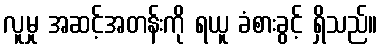
လူမှု အဆင့်အတန်းကို ရယူ ခံစားခွင့် ရှိသည်။